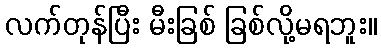
လက်တုန်ပြီး မီးခြစ် ခြစ်လို့မရဘူး။